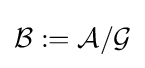
{\mathcal {B}}:={\mathcal {A}}/{\mathcal {G}}